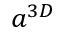
a ^ { 3 D }